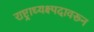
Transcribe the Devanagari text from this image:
राष्ट्राध्यक्ष्पदावरून